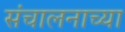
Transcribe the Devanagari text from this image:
संचालनाच्या